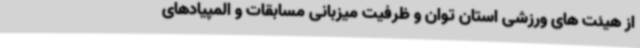
از هیئت های ورزشی استان توان و ظرفیت میزبانی مسابقات و المپیادهای